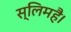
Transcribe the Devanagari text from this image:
स्लिमहै।